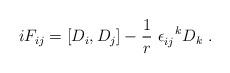
LaTeX: \begin{align*}iF_{ij}= [D_i,D_j]-\frac{1}{r} ~\epsilon_{ij}^{~~k}D_k~.\end{align*}